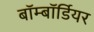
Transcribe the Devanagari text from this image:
बॉम्बॉर्डियर